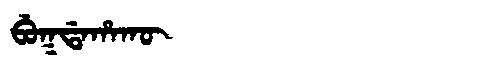
Manchu: ᠪᡠᡴᡩᠠᡥᠠᡴᡡ
Romanization: BUKDAHAKŪ